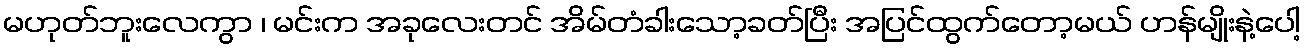
မဟုတ်ဘူးလေကွာ ၊ မင်းက အခုလေးတင် အိမ်တံခါးသော့ခတ်ပြီး အပြင်ထွက်တော့မယ် ဟန်မျိုးနဲ့ပေါ့